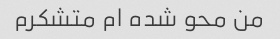
من محو شده ام متشکرم